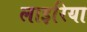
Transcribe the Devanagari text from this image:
लाइरिया